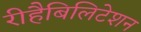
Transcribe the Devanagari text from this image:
रीहैबिलिटेशन